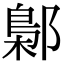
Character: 鄡